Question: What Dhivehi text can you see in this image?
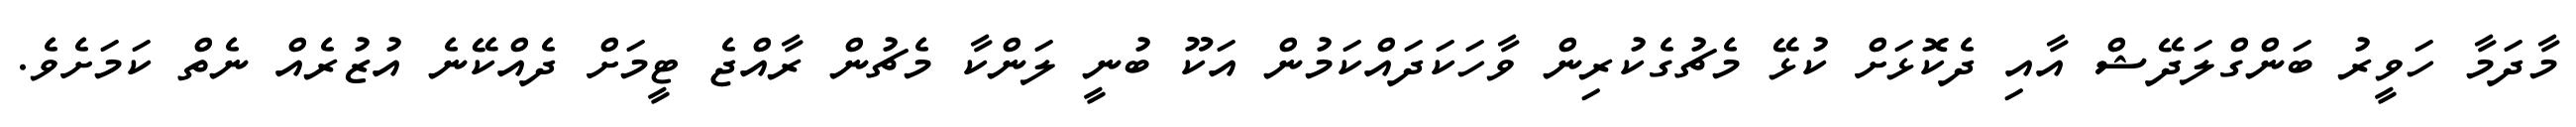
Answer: މާދަމާ ހަވީރު ބަންގްލަދޭޝް އާއި ދެކޮޅަށް ކުޅޭ މެޗުގެކުރިން ވާހަކަދައްކަމުން އަކޫ ބުނީ ލަންކާ މެޗުން ރާއްޖެ ޓީމަށް ދެއްކޭނެ އުޒުރެއް ނެތް ކަމަށެވެ.